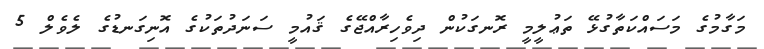
މަގާމުގެ މަސައްކަތާގުޅޭ ތަޢުލީމީ ރޮނގަކުން ދިވެހިރާއްޖޭގެ ޤައުމީ ސަނަދުތަކުގެ އޮނިގަނޑުގެ ލެވެލް 5